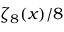
\zeta _ { 8 } ( x ) / 8